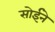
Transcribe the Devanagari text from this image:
सोईने